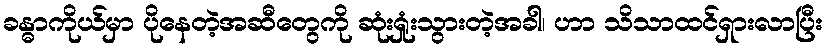
ခန္ဓာကိုယ်မှာ ပိုနေတဲ့အဆီတွေကို ဆုံးရှုံးသွားတဲ့အခါ၊ ဟာ သိသာထင်ရှားလာပြီး